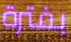
بفترة